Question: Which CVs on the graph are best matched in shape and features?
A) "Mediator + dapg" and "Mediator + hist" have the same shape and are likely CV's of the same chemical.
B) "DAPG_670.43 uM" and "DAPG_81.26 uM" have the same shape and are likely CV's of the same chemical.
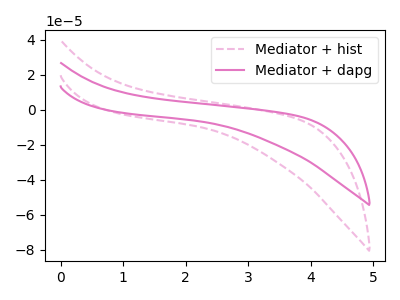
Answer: <think>The pink dashed curve "Mediator + hist" has no peaks. The pink curve "Mediator + dapg" has no peaks.
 Neither "Mediator + hist" or "Mediator + dapg" have any peaks.</think>
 <answer>A) "Mediator + dapg" and "Mediator + hist" have the same shape and are likely CV's of the same chemical.</answer>
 <eval>A</eval>